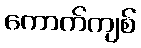
ကောက်ကျစ်